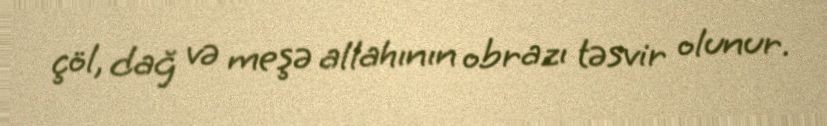
çöl, dağ və meşə allahının obrazı təsvir olunur.